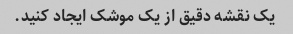
یک نقشه دقیق از یک موشک ایجاد کنید.